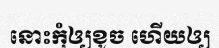
នោះកុំឲ្យខូច ហើយឲ្យ